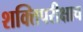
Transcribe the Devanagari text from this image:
शक्तिपरीक्षाच